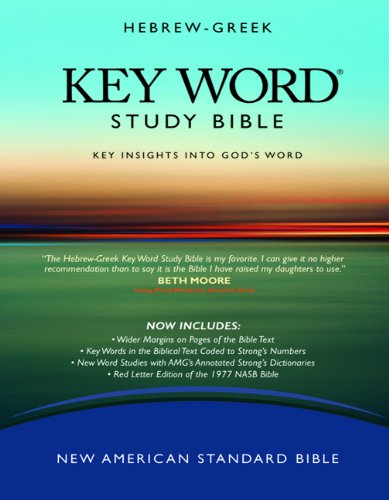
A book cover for The Hebrew-Greek Key Word Study Bible: NASB-77 Edition, Hardbound (Key Word Study Bibles); Christian Books & Bibles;